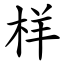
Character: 样